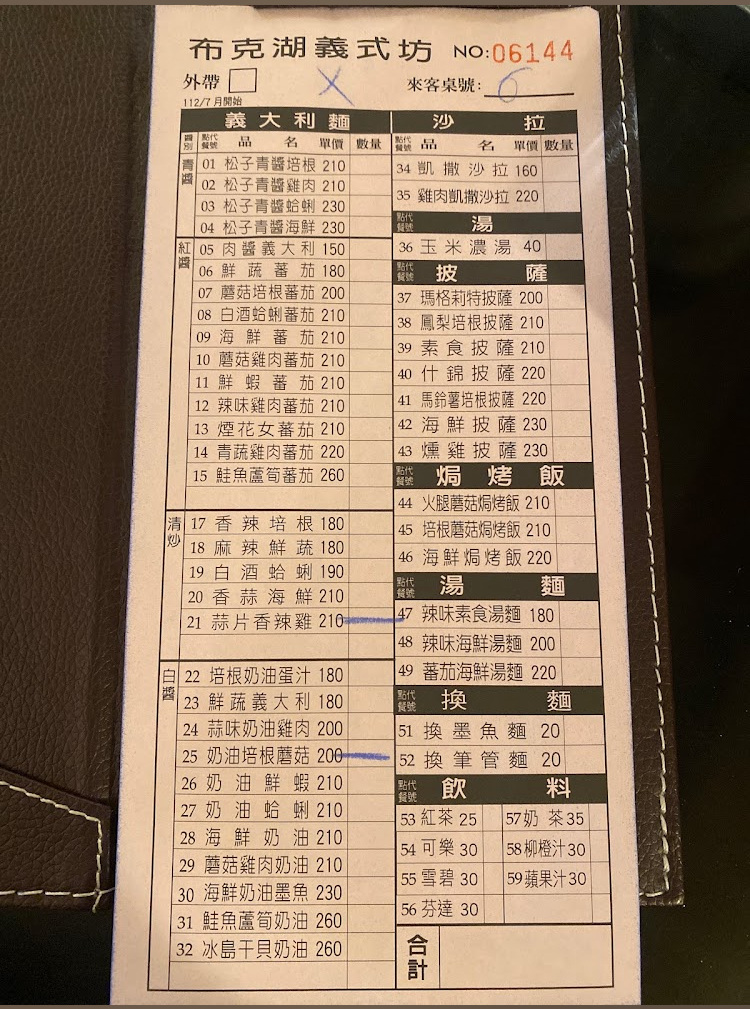
餐廳：布克湖義式坊
菜單：
name: 松子青醬培根
price: 210
name: 松子青醬雞肉
price: 210
name: 松子青醬蛤蜊
price: 230
name: 松子青醬海鮮
price: 230
name: 肉醬
price: 150
name: 鮮蔬蕃茄
price: 180
name: 蘑菇培根蕃茄
price: 200
name: 白酒蛤蜊蕃茄
price: 210
name: 海鮮蕃茄
price: 210
name: 蘑菇雞肉蕃茄
price: 210
name: 鮮蝦蕃茄
price: 210
name: 辣味雞肉蕃茄
price: 210
name: 煙花女蕃茄
price: 210
name: 青蔬雞肉蕃茄
price: 220
name: 鮭魚蘆筍蕃茄
price: 260
name: 香辣培根
price: 180
name: 麻辣鮮蔬
price: 180
name: 白酒蛤蜊
price: 190
name: 香蒜海鮮
price: 210
name: 蒜片香辣雞
price: 210
name: 培根奶油蛋汁
price: 180
name: 鮮蔬義大利
price: 180
name: 蒜味奶油雞肉
price: 200
name: 奶油培根蘑菇
price: 200
name: 奶油鮮蝦
price: 210
name: 奶油蛤蜊
price: 210
name: 海鮮奶油
price: 210
name: 蘑菇雞肉奶油
price: 210
name: 海鮮奶油墨魚麵
price: 230
name: 鮭魚蘆筍奶油
price: 260
name: 冰島干貝奶油
price: 260
name: 凱撒沙拉
price: 160
name: 雞肉凱撒沙拉
price: 220
name: 玉米濃湯
price: 40
name: 瑪格莉特披薩
price: 200
name: 鳳梨培根披薩
price: 210
name: 素食披薩
price: 210
name: 什錦披薩
price: 220
name: 馬鈴薯培根披薩
price: 220
name: 海鮮披薩
price: 230
name: 燻雞披薩
price: 230
name: 火腿蘑菇焗烤飯
price: 210
name: 培根蘑菇焗烤飯
price: 210
name: 海鮮焗烤飯
price: 220
name: 辣味素食湯麵
price: 180
name: 辣味海鮮湯麵
price: 200
name: 蕃茄海鮮湯麵
price: 220
name: 換墨魚麵
price: 20
name: 換筆管麵
price: 20
name: 紅茶
price: 25
name: 可樂
price: 30
name: 雪碧
price: 30
name: 芬達
price: 30
name: 奶茶
price: 35
name: 柳橙汁
price: 30
name: 蘋果汁
price: 30